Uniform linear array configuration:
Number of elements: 12
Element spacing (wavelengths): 0.5
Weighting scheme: kaiser
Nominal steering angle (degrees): -30
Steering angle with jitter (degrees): -30.428
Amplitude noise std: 0.05
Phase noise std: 0.05

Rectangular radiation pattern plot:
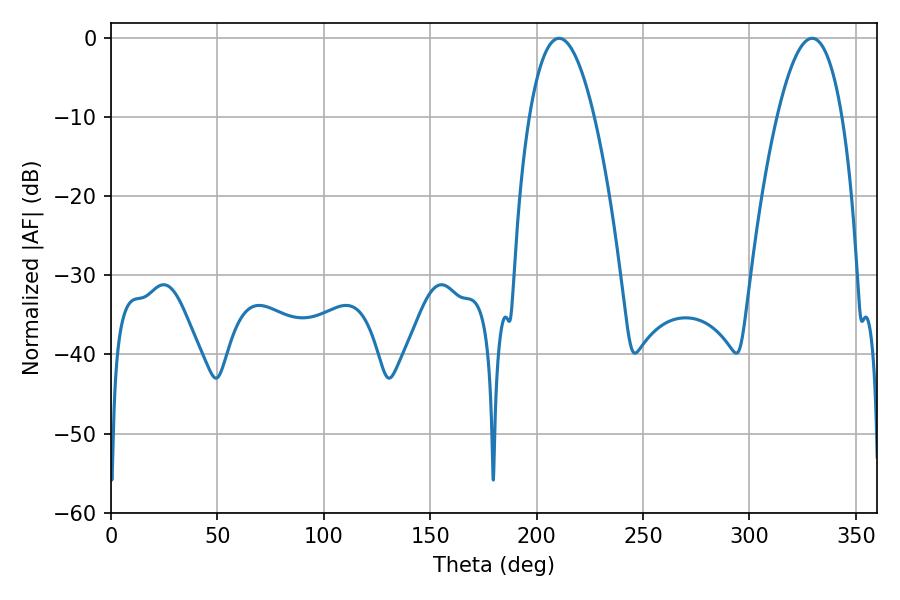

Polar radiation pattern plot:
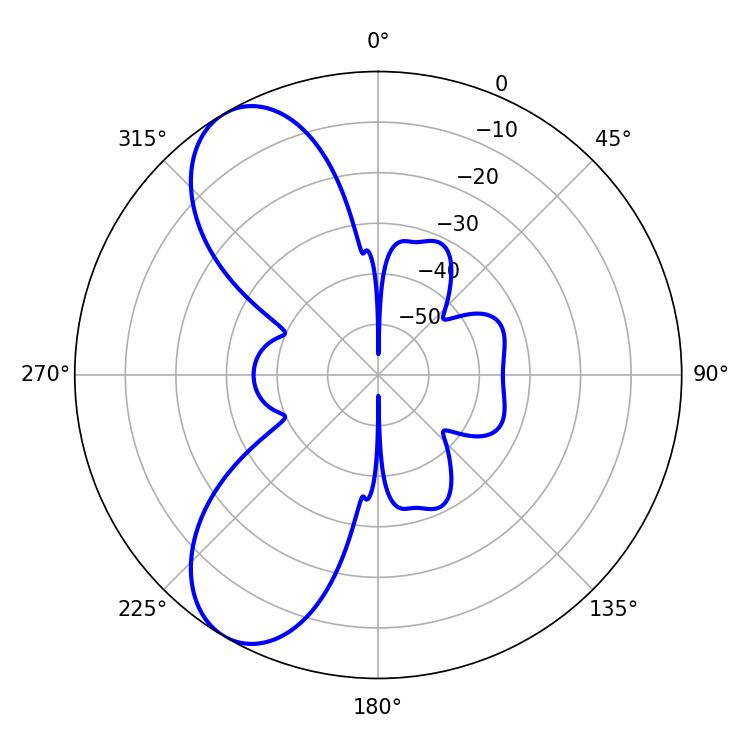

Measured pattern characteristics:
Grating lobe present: FALSE
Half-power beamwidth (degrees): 16.92
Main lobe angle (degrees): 210.6